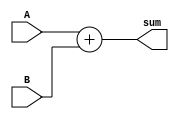
module add32(sum, A, B);
	input [31:0] A, B;
	output [31:0] sum;
	assign sum = A + B;
endmodule